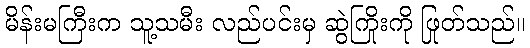
မိန်းမကြီးက သူ့သမီး လည်ပင်းမှ ဆွဲကြိုးကို ဖြုတ်သည်။